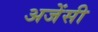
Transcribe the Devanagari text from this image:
अजेंसी